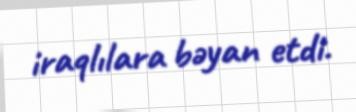
iraqlılara bəyan etdi.